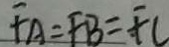
F A = F B = F C